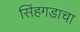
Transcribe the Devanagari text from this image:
सिंहगडाचा